Triennial report on the lunatic asylums in the province of Eastern Bengal and Assam - 1903-1911
Year: 1903
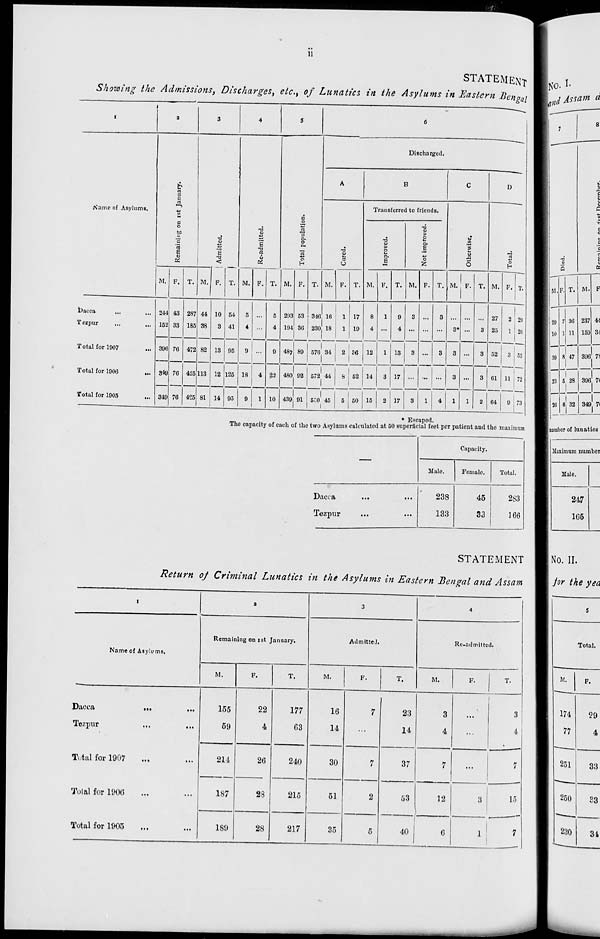
ii
STATEMENT
Showing the Admissions, Discharges, etc., of Lunatics in the Asylums in Eastern Bngal
1
Name of Asylums.
Dacca
... ...
Tezpur
...
...
Total for 1907 ...
Total for 1906 ...
Total for 1905 ...
2
Remaining on 1st January.
M.
244
152
396
349
349
F.
43
33
76
76
76
T.
287
185
472
425
425
3
Admitted.
M.
44
38
82
113
81
F.
10
3
13
12
14
T.
54
41
95
125
95
4
Re-admitted.
M.
5
4
9
18
9
F.
...
...
...
4
1
T.
5
4
9
22
10
5
Total population.
M.
293
194
487
480
439
F.
53
36
89
92
91
T.
346
230
576
572
530
6
Discharged.
A
Cured.
M.
16
18
34
44
45
F.
1
1
2
8
5
T.
17
19
36
52
50
B
Transferred to friends.
Improved.
M.
8
4
12
14
15
F.
1
...
1
3
2
T.
9
4
13
17
17
Not improved.
M.
3
...
3
...
3
F.
...
...
...
...
1
T.
3
...
3
...
4
C
Otherwise.
M.
...
3*
3
3
1
F.
...
...
...
...
1
T.
...
3
3
3
2
D
Total.
M.
27
25
52
61
64
F.
2
1
3
11
9
T.
29
26
55
72
73
* Escaped.
The capacity of each of the two Asylums calculated at 50 superficial feet per patient and the maximum
—
Dacca ... ...
Tezpur ... ...
Capacity.
Male.
238
133
Female.
45
33
Total.
283
166
STATEMENT
Return of Criminal Lunatics in the Asylums in Eastern Bengal and Assam
1
Name of Asylums.
Dacca
...
...
Tezpur ... ...
Total for 1907 ... ...
Total for 1906 ... ...
Total for 1905 ... ...
2
Remaining on 1st January,
M.
155
59
214
187
189
F.
22
4
26
28
28
T.
177
63
240
215
217
3
Admitted.
M.
16
14
30
51
35
F.
7
...
7
2
5
T.
23
14
37
53
40
4
Re-admitted.
M.
3
4
7
12
6
F.
...
...
...
3
1
T.
3
4
7
15
7